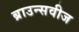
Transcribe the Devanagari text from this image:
ब्राउन्सवीज